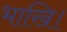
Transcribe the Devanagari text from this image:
भाखि।